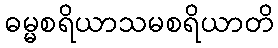
ဓမ္မစရိယာသမစရိယာတိ